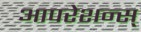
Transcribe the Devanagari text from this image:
आपरेशन्स्